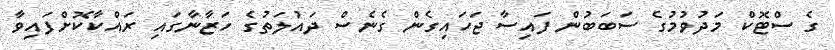
ގެ ސްޓޮކް މަދުވުމުގެ ސަބަބުން ފައިސާ ޖަހައިގެން ގެނެސް ދައުލަތުގެ ހަޒާނާގައި ރައްކާކޮށްފައިވާ